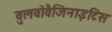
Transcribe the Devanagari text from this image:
वुलवोवैजिनाइटिस